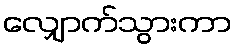
လျှောက်သွားကာ